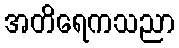
အတိရေကသညာ